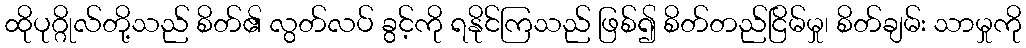
ထိုပုဂ္ဂိုလ်တို့သည် စိတ်၏ လွတ်လပ် ခွင့်ကို ရနိုင်ကြသည် ဖြစ်၍ စိတ်တည်ငြိမ်မှု၊ စိတ်ချမ်း သာမှုကို